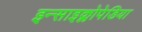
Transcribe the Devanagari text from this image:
इन्साइक्लोपेडिया